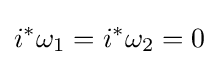
i^{*}\omega _{1}=i^{*}\omega _{2}=0